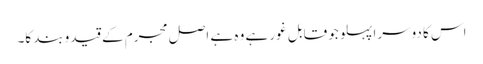
اس کا دوسرا پہلو جو قابل غور ہے وہ ہے اصل مجرم کے قیدوبند کا۔